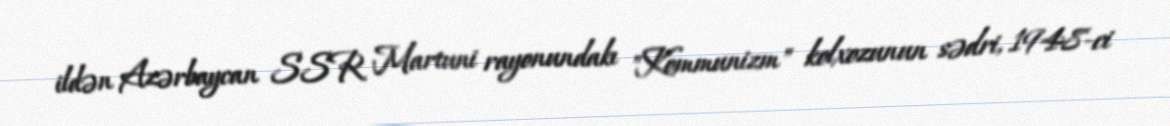
ildən Azərbaycan SSR Martuni rayonundakı "Kommunizm" kolxozunun sədri, 1948-ci